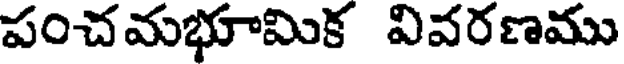
పంచమభూమిక వివరణము